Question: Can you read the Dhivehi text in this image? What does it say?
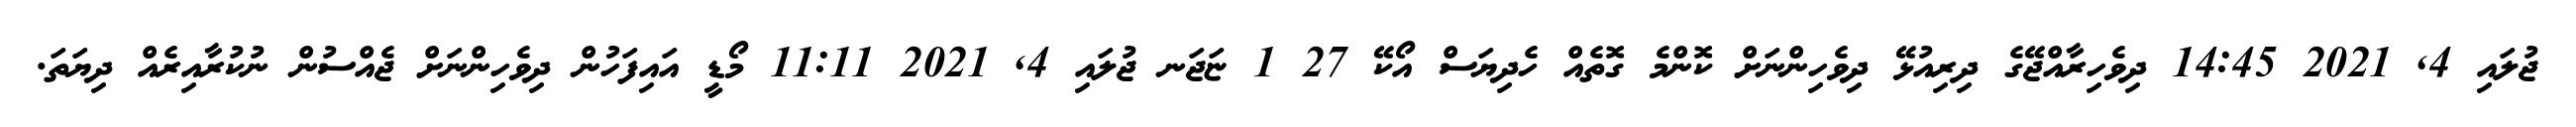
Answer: ޖުލައި 4, 2021 14:45 ދިވެހިރާއްޖޭގެ ދިރިއުޅޭ ދިވެހިންނަށް ކޮންމެ ގޮތެއް ހެދިޔަސް އޯކޭ 27 1 ޏަޖަނ ޖުލައި 4, 2021 11:11 މޯޑީ އައިފަހުން ދިވެހިންނަށް ޖެއްސުން ނުކުރާއިރެއް ދިޔަތަ.